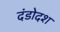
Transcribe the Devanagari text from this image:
दंडोदश